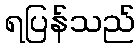
ရပြန်သည်